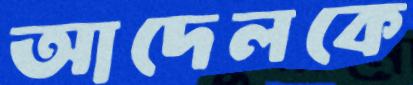
আদেলকে